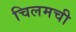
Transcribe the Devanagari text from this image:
चिलमची